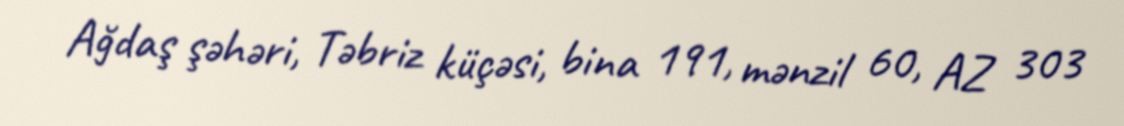
Ağdaş şəhəri, Təbriz küçəsi, bina 191, mənzil 60, AZ 303